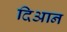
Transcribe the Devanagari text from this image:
दिआन